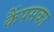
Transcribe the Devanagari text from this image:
कैंपसका